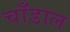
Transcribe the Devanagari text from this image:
चाँडाल